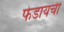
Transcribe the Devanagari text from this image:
फेडायची